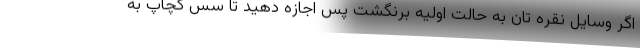
اگر وسایل نقره تان به حالت اولیه برنگشت پس اجازه دهید تا سس کچاپ به